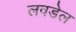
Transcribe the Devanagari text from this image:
लवडेल